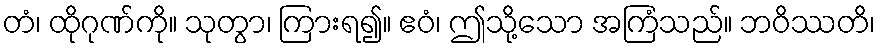
တံ၊ ထိုဂုဏ်ကို။ သုတွာ၊ ကြားရ၍။ ဧဝံ၊ ဤသို့သော အကြံသည်။ ဘဝိဿတိ၊